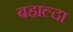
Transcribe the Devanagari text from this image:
बहाल्दा